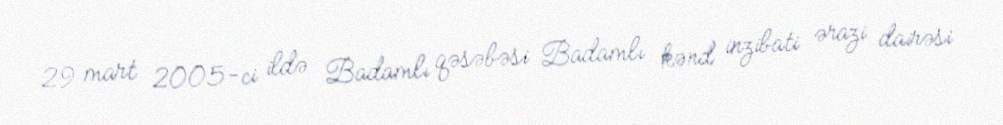
29 mart 2005-ci ildə Badamlı qəsəbəsi Badamlı kənd inzibati ərazi dairəsi